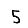
Digit: 5